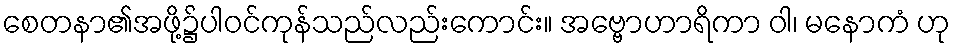
စေတနာ၏အဖို့၌ပါဝင်ကုန်သည်လည်းကောင်း။ အဗ္ဗောဟာရိကာ ဝါ၊ မနောကံ ဟု